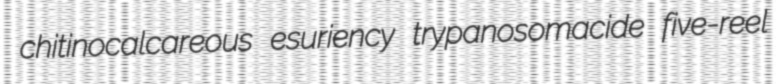
chitinocalcareous esuriency trypanosomacide five-reel